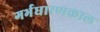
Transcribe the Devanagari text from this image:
गर्भधारणकाल